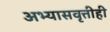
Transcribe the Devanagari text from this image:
अभ्यासवृत्तीही